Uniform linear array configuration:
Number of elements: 8
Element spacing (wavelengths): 0.5
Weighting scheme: hamming
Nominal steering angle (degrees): -60
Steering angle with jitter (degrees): -58.306
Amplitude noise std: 0.05
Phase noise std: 0.05

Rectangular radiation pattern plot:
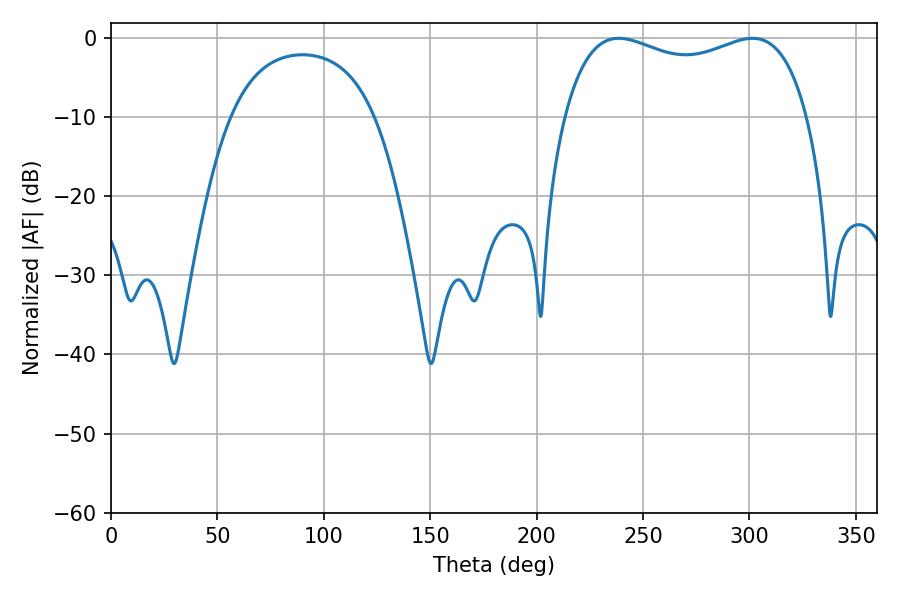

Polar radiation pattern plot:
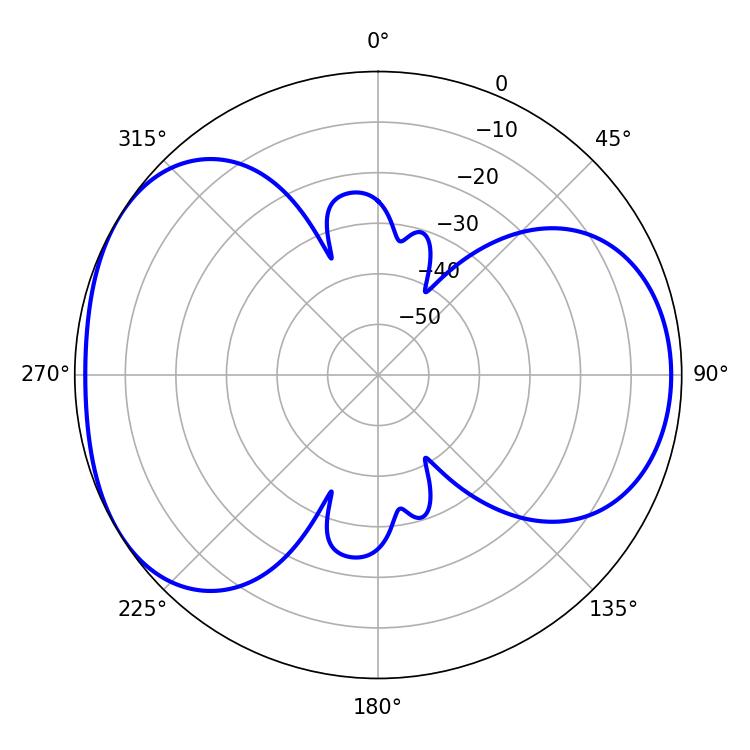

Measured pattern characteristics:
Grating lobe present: FALSE
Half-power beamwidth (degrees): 94.32
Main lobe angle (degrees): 238.5